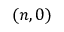
( n , 0 )